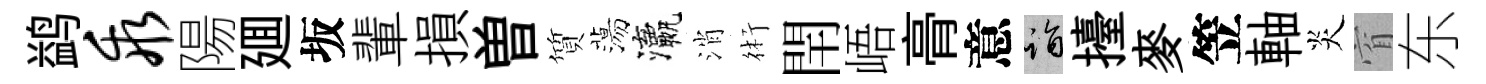
鹢乖陽廽坂輩損曽質蕩瀛消術閈峿𮌔意诣擡麥笠軸炎窅东